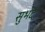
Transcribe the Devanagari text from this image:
सुभट